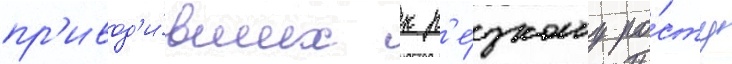
пр'ивод'и́вших к р'е́зкому ро́сту